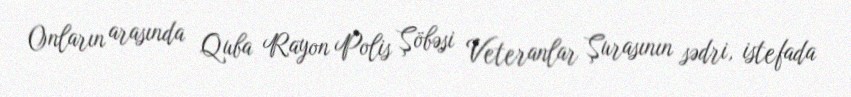
Onların arasında Quba Rayon Polis Şöbəsi Veteranlar Şurasının sədri, istefada